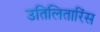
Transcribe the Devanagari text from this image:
उतिलितारिंस